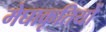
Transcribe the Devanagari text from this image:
मेघाकृतियों